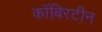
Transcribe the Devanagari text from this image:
कॉबिरटीन